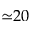
{ \simeq } 2 0